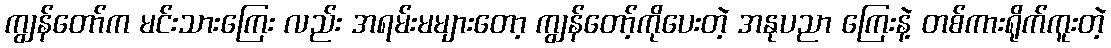
ကျွန်တော်က မင်းသားကြေး လည်း အရမ်းမများတော့ ကျွန်တော့်ကိုပေးတဲ့ အနုပညာ ကြေးနဲ့ တစ်ကားရိုက်ကူးတဲ့